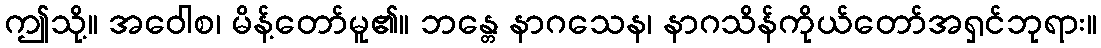
ဤသို့။ အဝေါစ၊ မိန့်တော်မူ၏။ ဘန္တေ နာဂသေန၊ နာဂသိန်ကိုယ်တော်အရှင်ဘုရား။